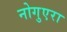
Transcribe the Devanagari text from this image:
नोगुएरा